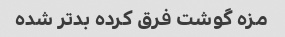
مزه گوشت فرق کرده بدتر شده